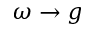
\omega \to g